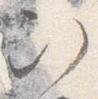
次